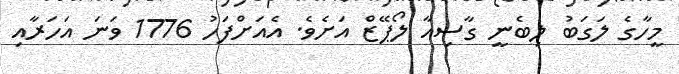
މީހާގެ ލަގަބު ލިބެނީ ގާސިއާ ލޯޕޭޒް އަށެވެ. އެއަށްފަހު 1776 ވަނަ އަހަރާއި